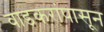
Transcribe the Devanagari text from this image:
वाडकरांपासून